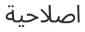
اصلاحية